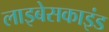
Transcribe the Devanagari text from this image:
लाइबेसकाइंड